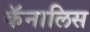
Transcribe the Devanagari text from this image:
कॅनालिस